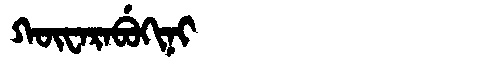
Manchu: ᡴᡡᠸᠠᡵᠠᠪᡠᡴᡳᠨᡳ
Romanization: KŪWARABUKINI